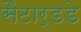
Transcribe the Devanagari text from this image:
सैटार्डडे